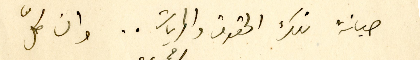
صيانة تلك الحقوق والحريات .. وان كلّ